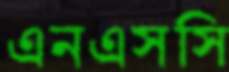
এনএসসি